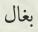
بغال